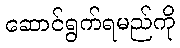
ဆောင်ရွက်ရမည်ကို